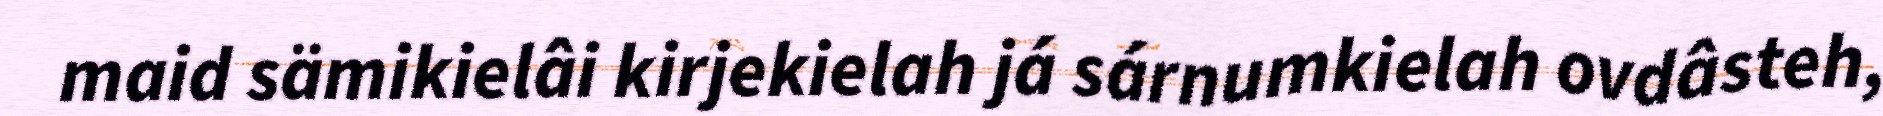
maid sämikielâi kirjekielah já sárnumkielah ovdâsteh,